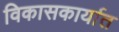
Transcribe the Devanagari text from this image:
विकासकार्यात